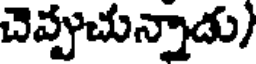
చెప్పుచున్నాడు)